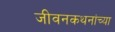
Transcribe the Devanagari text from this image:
जीवनकथनांच्या